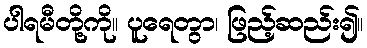
ပါရမီတို့ကို။ ပူရေတွာ၊ ဖြည့်ဆည်း၍။